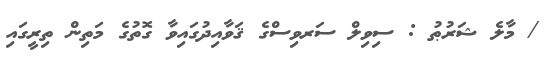
/ މާލެ ޝަރުޠު : ސިވިލް ސަރވިސްގެ ޤަވާއިދުގައިވާ ގޮތުގެ މަތިން ތިރީގައި